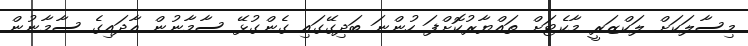
މިސާލަކަށް ލަކްޒަރީ މާކެޓަށް ތައްޔާރުކޮށްފަ ހުންނަ ބަދިގޭގައި ގެންގުޅޭ ސާމާނުން އާދައިގެ ސާމާނުން